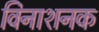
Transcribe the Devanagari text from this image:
विनाशनक